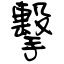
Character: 擊